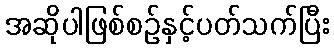
အဆိုပါဖြစ်စဉ်နှင့်ပတ်သက်ပြီး